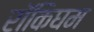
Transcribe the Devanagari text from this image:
रॉकिघम